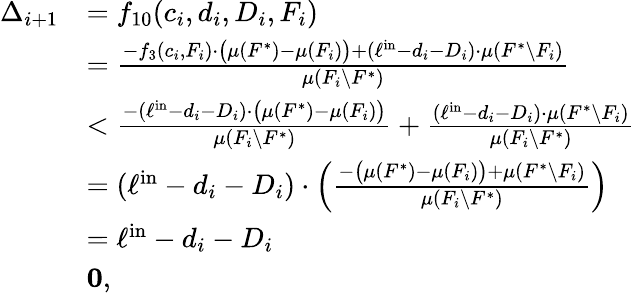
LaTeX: \begin{array}{rl}{\Delta_{i+1}}&{=f_{10}(c_{i},d_{i},D_{i},F_{i})}\\ {}&{=\frac{-f_{3}(c_{i},F_{i})\cdot\big(\mu(F^{*})-\mu(F_{i})\big)+(\ell^{\mathrm{in}}-d_{i}-D_{i})\cdot\mu(F^{*}\setminus F_{i})}{\mu(F_{i}\setminus F^{*})}}\\ {}&{<\frac{-(\ell^{\mathrm{in}}-d_{i}-D_{i})\cdot\big(\mu(F^{*})-\mu(F_{i})\big)}{\mu(F_{i}\setminus F^{*})}+\frac{(\ell^{\mathrm{in}}-d_{i}-D_{i})\cdot\mu(F^{*}\setminus F_{i})}{\mu(F_{i}\setminus F^{*})}}\\ {}&{=(\ell^{\mathrm{in}}-d_{i}-D_{i})\cdot\left(\frac{-\big(\mu(F^{*})-\mu(F_{i})\big)+\mu(F^{*}\setminus F_{i})}{\mu(F_{i}\setminus F^{*})}\right)}\\ {}&{=\ell^{\mathrm{in}}-d_{i}-D_{i}}\\ {}&{\le 0,}\end{array}